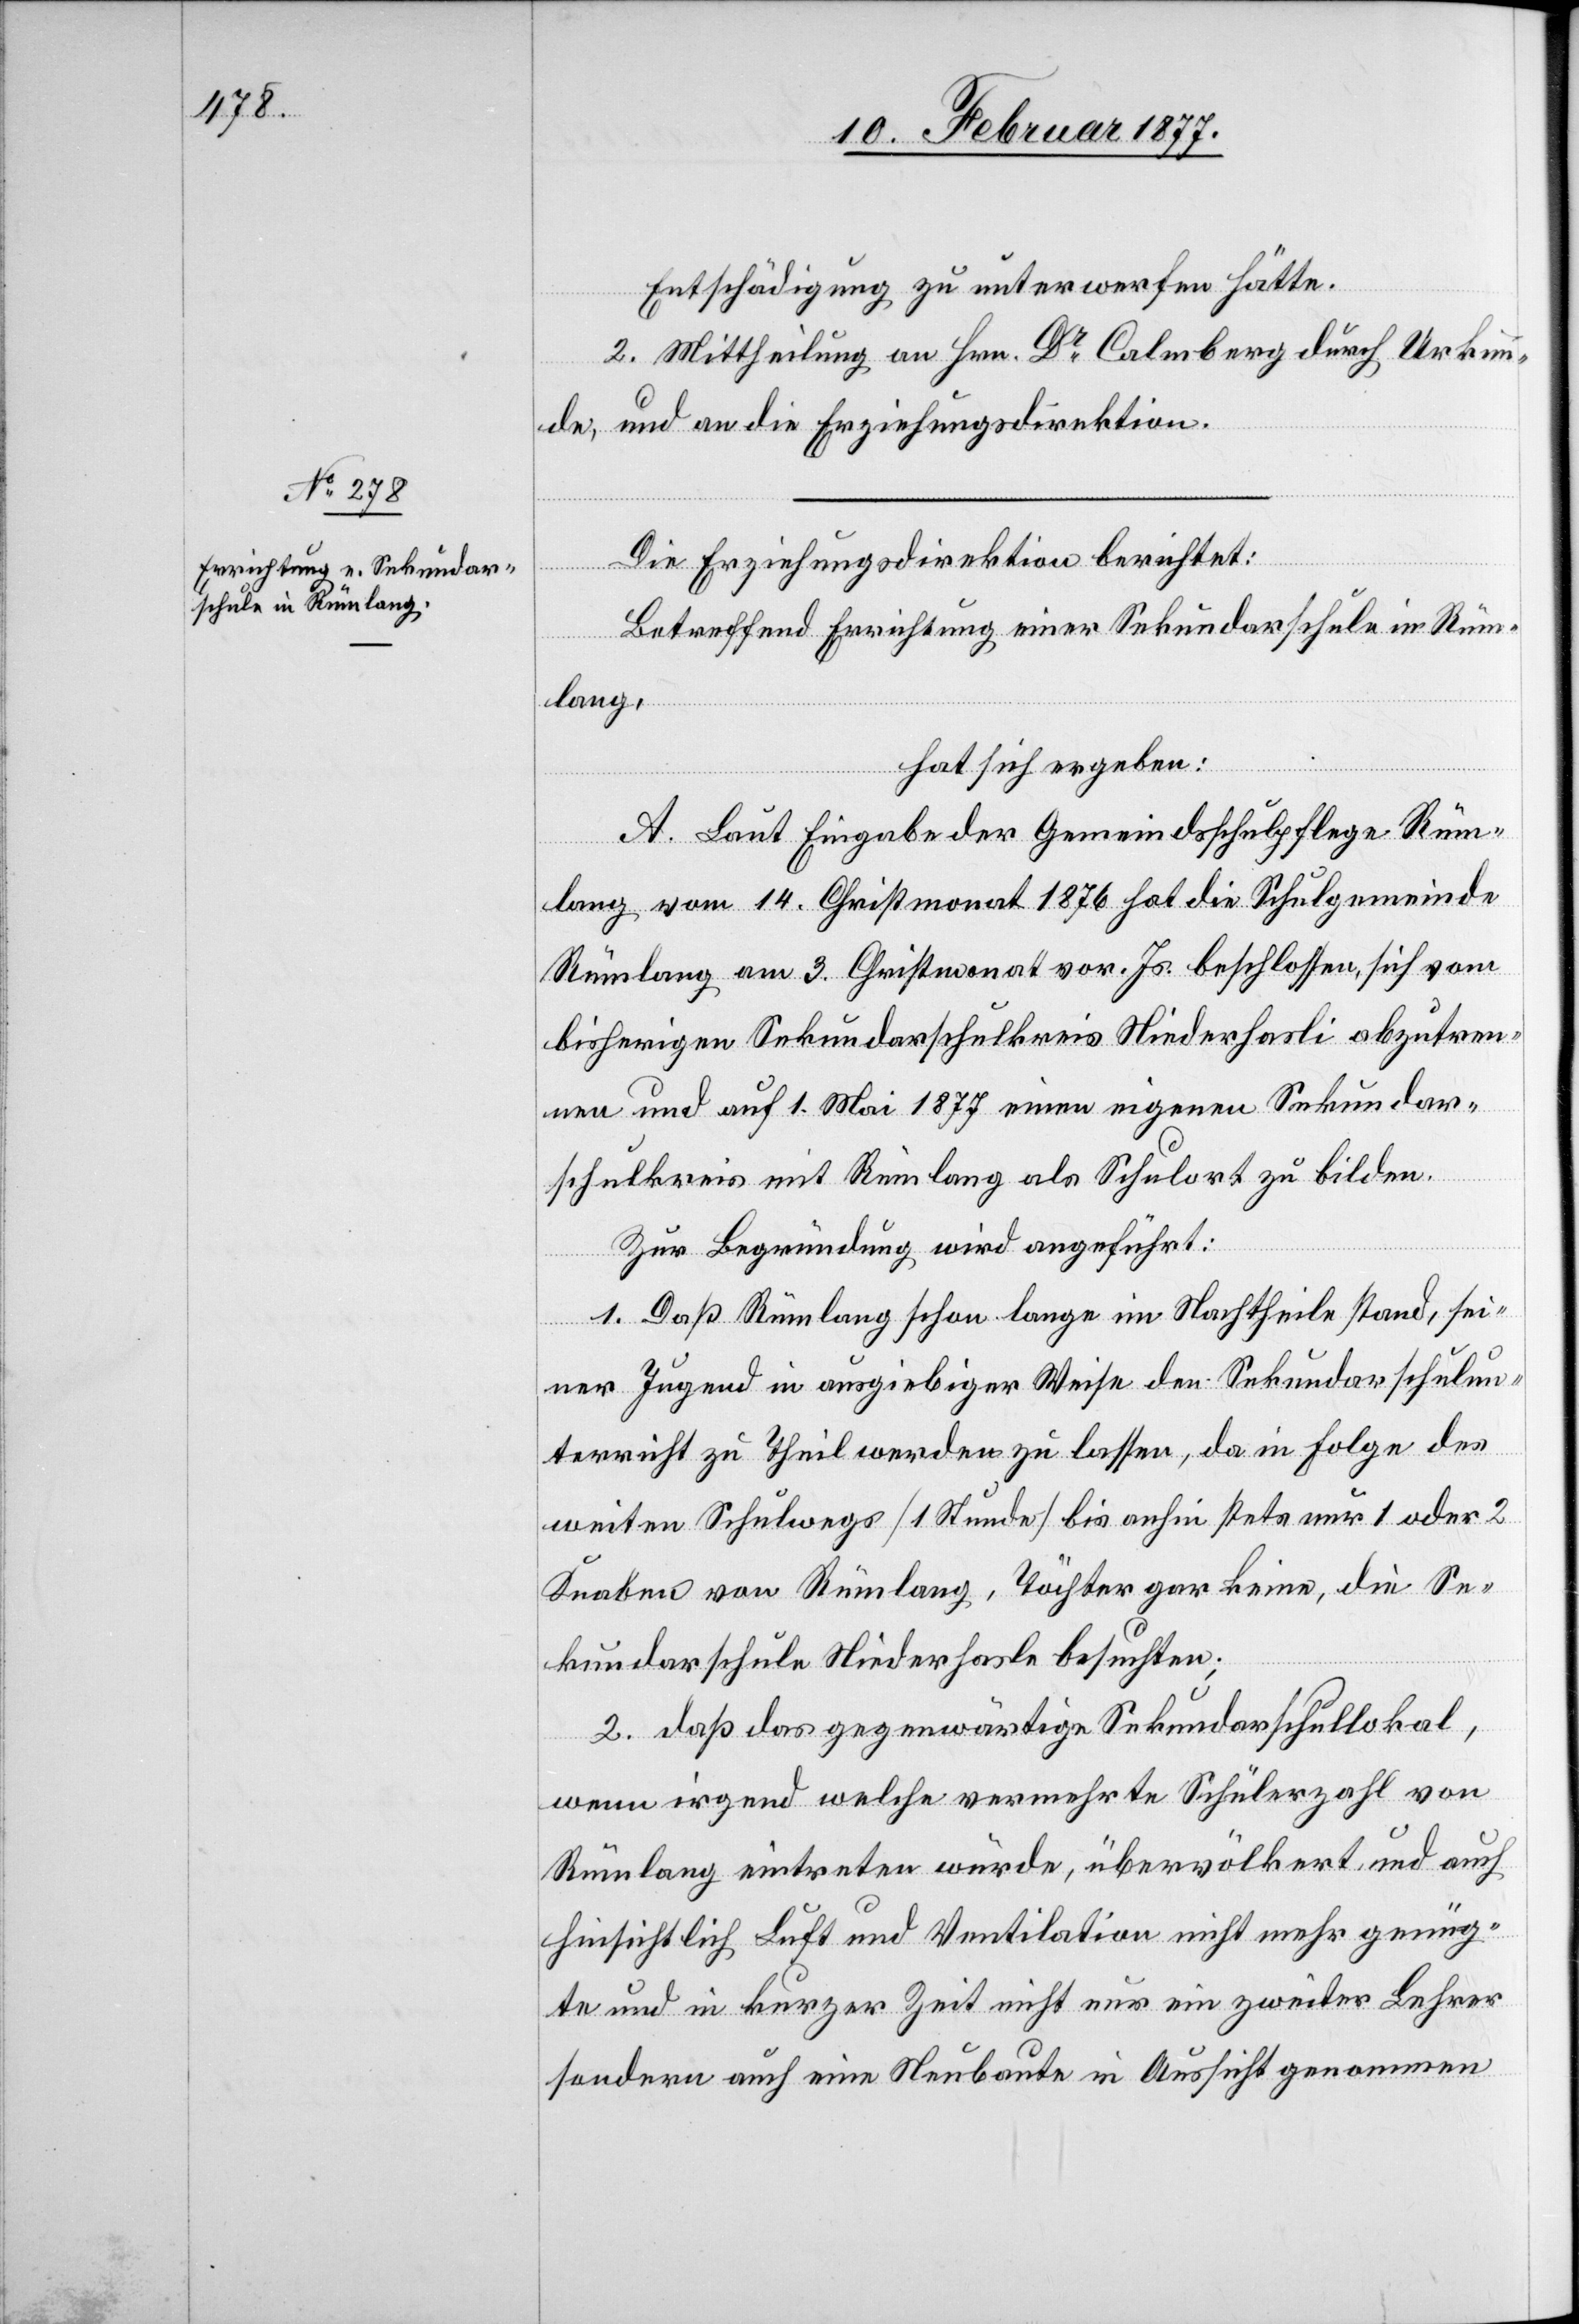
Entschädigung zu unterwerfen hätte.
2. Mittheilung an Hrn. Dr Calmberg durch Urkun¬
de, und an die Erziehungsdirektion.
Die Erziehungsdirektion berichtet:
Betreffend Errichtung einer Sekundarschule in Rüm¬
lang,
hat sich ergeben:
A. Laut Eingabe der Gemeindsschulpflege Rüm¬
lang vom 14. Christmonat 1876 hat die Schulgemeinde
Rümlang am 3. Christmonat vor. Js. beschlossen, sich vom
bisherigen Sekundarschulkreis Niederhasli abzutren¬
nen und auf 1. Mai 1877 einen eigenen Sekundar¬
schulkreis mit Rümlang als Schulort zu bilden.
Zur Begründung wird angeführt:
1. Daß Rümlang schon lange im Nachtheile stand, sei¬
ner Jugend in ausgiebiger Weise den Sekundarschulun¬
terricht zu Theil werden zu lassen, da in Folge des
weiten Schulwegs [1 Stunde] bis anhin stets nur 1 oder 2
Knaben von Rümlang, Töchter gar keine, die Se¬
kundarschule Niederhasle [sic!]
2. daß das gegenwärtige Sekundarschullokal,
wenn irgend welche vermehrte Schülerzahl von
Rümlang eintreten würde, übervölkert und auch
hinsichtlich Luft und Ventilation nicht mehr genüg¬
te und in kurzer Zeit nicht nur ein zweiter Lehrer
sondern auch eine Neubaute in Aussicht genommen